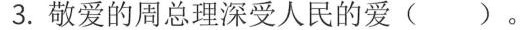
3.敬爱的周总理深受人民的爱( )。